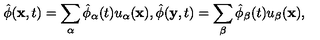
\hat { \phi } ( { \bf x } , t ) = \sum _ { \alpha } \hat { \phi } _ { \alpha } ( t ) u _ { \alpha } ( { \bf x } ) , \hat { \phi } ( { \bf y } , t ) = \sum _ { \beta } \hat { \phi } _ { \beta } ( t ) u _ { \beta } ( { \bf x } ) ,